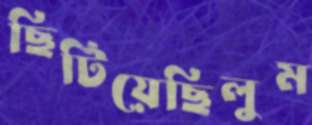
ছিটিয়েছিলুম